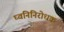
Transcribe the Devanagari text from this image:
घ्वनिनिरोधक